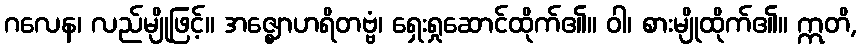
ဂလေန၊ လည်မျိုဖြင့်။ အဇ္ဈောဟရိတဗ္ဗံ၊ ရှေးရှုဆောင်ထိုက်၏။ ဝါ၊ စားမျိုထိုက်၏။ ဣတိ,